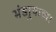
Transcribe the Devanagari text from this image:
भंडार्‍याच्या